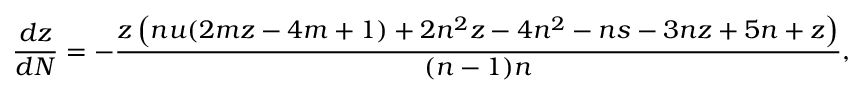
\frac { d z } { d N } = - \frac { z \left( n u ( 2 m z - 4 m + 1 ) + 2 n ^ { 2 } z - 4 n ^ { 2 } - n s - 3 n z + 5 n + z \right) } { ( n - 1 ) n } ,